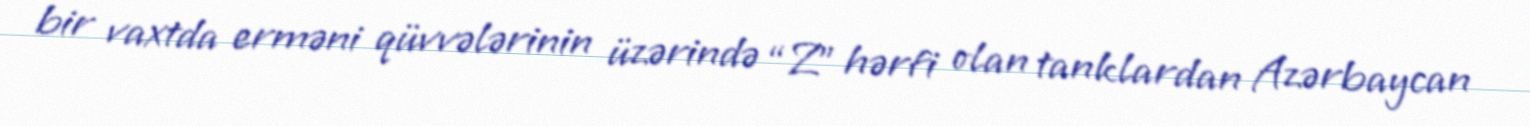
bir vaxtda erməni qüvvələrinin üzərində “Z” hərfi olan tanklardan Azərbaycan